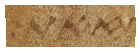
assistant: זאת